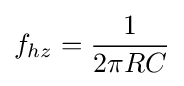
f_{hz}={\frac {1}{2\pi RC}}